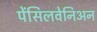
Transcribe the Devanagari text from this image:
पेंसिलवेनिअन